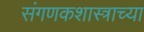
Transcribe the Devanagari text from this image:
संगणकशास्त्राच्या